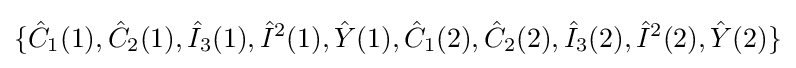
\{{\hat {C}}_{1}(1),{\hat {C}}_{2}(1),{\hat {I}}_{3}(1),{\hat {I}}^{2}(1),{\hat {Y}}(1),{\hat {C}}_{1}(2),{\hat {C}}_{2}(2),{\hat {I}}_{3}(2),{\hat {I}}^{2}(2),{\hat {Y}}(2)\}